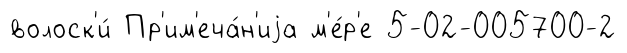
волоск'и́ Пр'им'еча́н'иjа м'е́р'е 5-02-005700-2